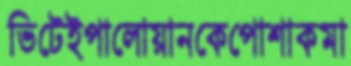
ভিটেইপালোয়ানকেপোশাকমা